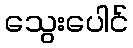
သွေးပေါင်